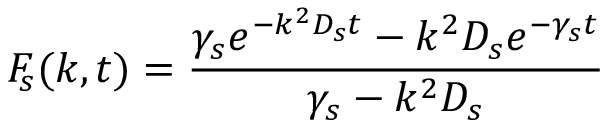
\ensuremath { F _ { \! s } } ( k , t ) = \frac { \gamma _ { s } e ^ { - k ^ { 2 } D _ { s } t } - k ^ { 2 } D _ { s } e ^ { - \gamma _ { s } t } } { \gamma _ { s } - k ^ { 2 } D _ { s } }